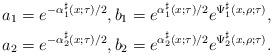
LaTeX: \begin{align*}a_1 &= e^{-\alpha_1^\sharp(x;\tau)/2},b_1 = e^{\alpha_1^\sharp(x;\tau)/2} e^{\Psi^\sharp_1(x, \rho; \tau)},\\a_2 &= e^{-\alpha_2^\sharp(x;\tau)/2},b_2 = e^{\alpha_2^\sharp(x;\tau)/2} e^{\Psi^\sharp_2(x, \rho; \tau)}.\end{align*}